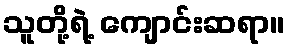
သူတို့ရဲ့ ကျောင်းဆရာ။